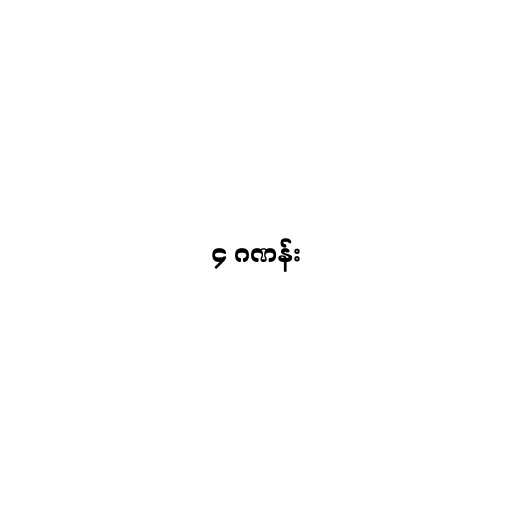
၄ ဂဏန်း